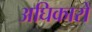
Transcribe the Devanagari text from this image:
अघिकारों